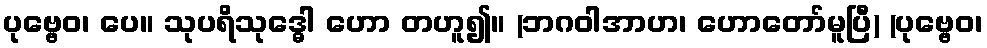
ပုဗ္ဗေဝ၊ ပေ။ သုပရိသုဒ္ဓေါ ဟော တဟူ၍။ (ဘဂဝါအာဟ၊ ဟောတော်မူပြီ) (ပုဗ္ဗေဝ၊